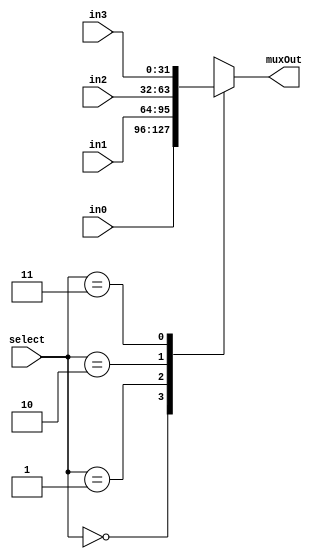



//IF select is 0 then muxout is in0. IF select is 1 then muxout is in1. 
module mux4to1_32bits(input [31:0] in0, input [31:0] in1, input [31:0] in2, input [31:0] in3, input [1:0] select, output reg [31:0] muxOut);
      //Write Your Code Here
	always@(in0, in1, in2, in3, select)
    begin
        case(select)
            2'b00: muxOut = in0;
            2'b01: muxOut = in1;
            2'b10: muxOut = in2;
            2'b11: muxOut = in3;
        endcase
    end
endmodule